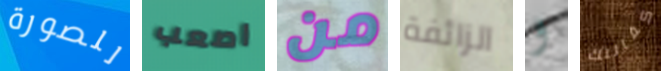
للصورة اصعب من الزائفة و كفالتك